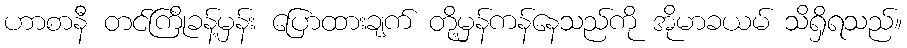
ဟာစာနီ တင်ကြိုခန့်မှန်း ပြောထားချက် တို့မှန်ကန်နေသည်ကို အိုမာခယမ် သိရှိရသည်။